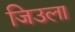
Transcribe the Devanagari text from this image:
जिउला